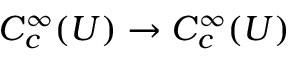
C _ { c } ^ { \infty } ( U ) \to C _ { c } ^ { \infty } ( U )